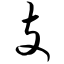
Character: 支